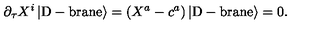
\partial _ { \tau } X ^ { i } \left| \mathrm { D - b r a n e } \right> = \left( X ^ { a } - c ^ { a } \right) \left| \mathrm { D - b r a n e } \right> = 0 .